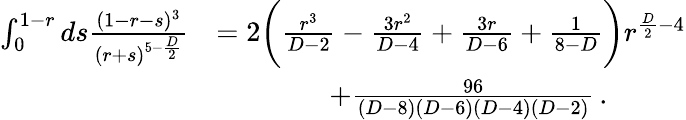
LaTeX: \begin{array}{rl}{\int_{0}^{1-r}ds\frac{(1-r-s)^{3}}{(r+s)^{5-\frac{D}{2}}}}&{=2\bigg(\frac{r^{3}}{D-2}-\frac{3r^{2}}{D-4}+\frac{3r}{D-6}+\frac{1}{8-D}\bigg)r^{\frac{D}{2}-4}}\\ &{\quad\quad\quad\quad+\frac{96}{(D-8)(D-6)(D-4)(D-2)}\, .}\end{array}